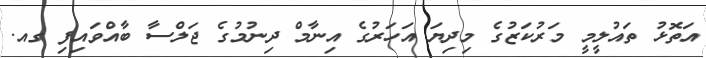
އަތޮޅު ތައުލީމީ މަރުކަޒުގެ މިދިޔަ އަހަރުގެ އިނާމް ދިނުމުގެ ޖަލްސާ ބާއްވަައިފި ގއ.